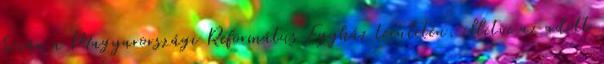
kíván a Magyarországi Református Egyház területén, illetve az adott